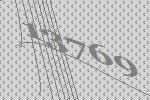
13769